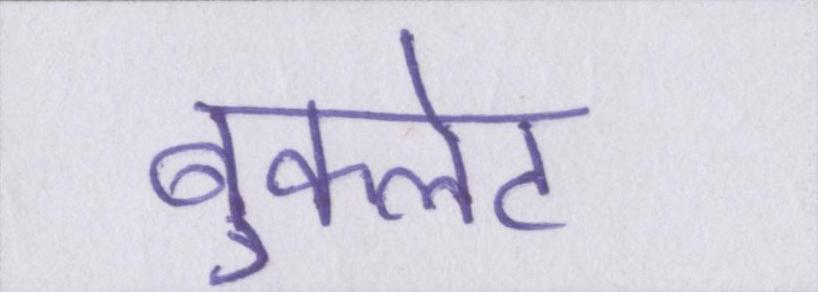
बुकलेट